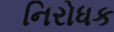
નિરોધક